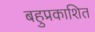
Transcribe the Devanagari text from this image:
बहुप्रकाशित